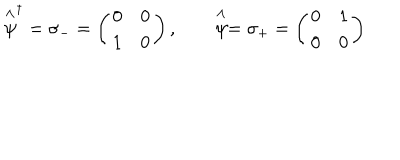
\stackrel { \wedge } { \psi } ^ { \dagger } = \sigma _ { - } = \left( \begin{array} { c c } { { 0 } } & { { 0 } } \\ { { 1 } } & { { 0 } } \\ \end{array} \right) , \qquad \stackrel { \wedge } { \psi } = \sigma _ { + } = \left( \begin{array} { c c } { { 0 } } & { { 1 } } \\ { { 0 } } & { { 0 } } \\ \end{array} \right)